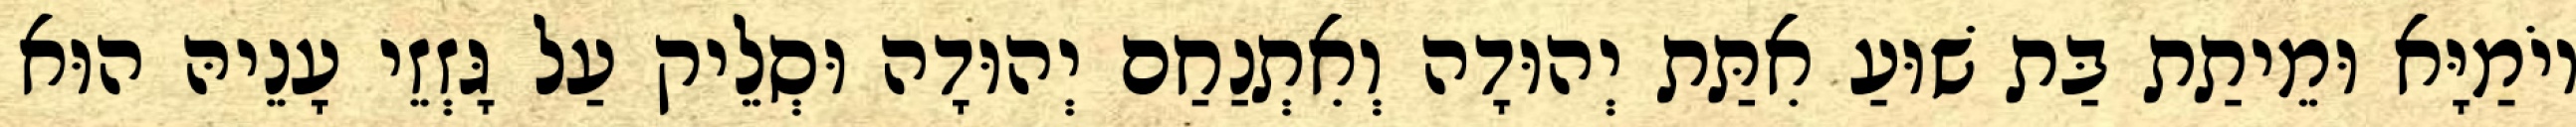
יוֹמַיָּא וּמֵיתַת בַּת שׁוּעַ אִתַּת יְהוּדָה וְאִתְנַחַם יְהוּדָה וּסְלֵיק עַל גָּזְזֵי עָנֵיהּ הוּא